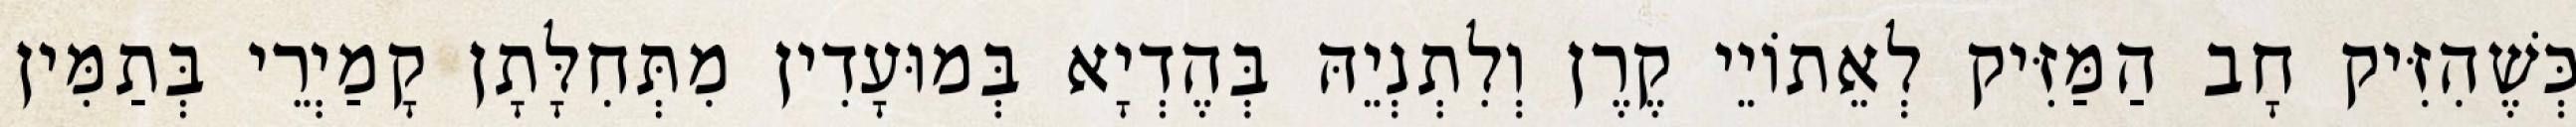
כְּשֶׁהִזִּיק חָב הַמַּזִּיק לְאֵתוֹיֵי קֶרֶן וְלִתְנְיֵהּ בְּהֶדְיָא בְּמוּעָדִין מִתְּחִלָּתָן קָמַיְרֵי בְּתַמִּין